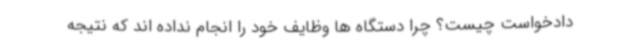
دادخواست چیست؟ چرا دستگاه ها وظایف خود را انجام نداده اند که نتیجه